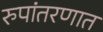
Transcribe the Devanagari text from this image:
रुपांतरणात